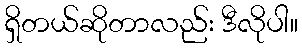
ရှိတယ်ဆိုတာလည်း ဒီလိုပါ။